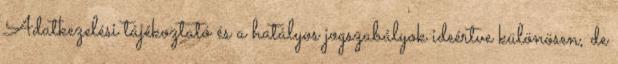
Adatkezelési tájékoztató és a hatályos jogszabályok ideértve különösen, de